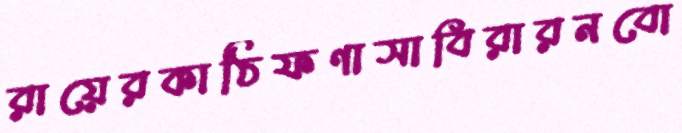
রায়েরকাঠিফণাসাবিরারনবো